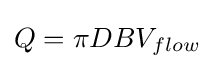
Q=\pi DBV_{flow}